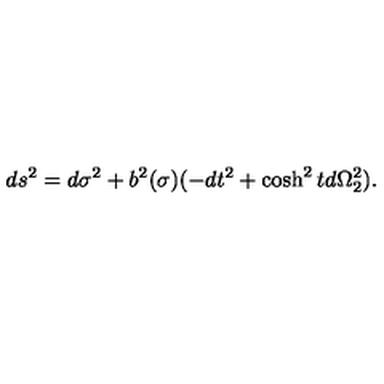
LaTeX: d s ^ { 2 } = d \sigma ^ { 2 } + b ^ { 2 } ( \sigma ) ( - d t ^ { 2 } + \cosh ^ { 2 } t d \Omega _ { 2 } ^ { 2 } ) .